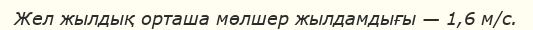
Жел жылдық орташа мөлшер жылдамдығы — 1,6 м/с.